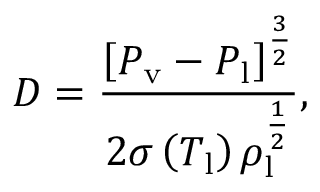
D = \frac { \left[ P _ { \mathrm { v } } - P _ { \mathrm { l } } \right] ^ { \frac { 3 } { 2 } } } { 2 \sigma \left( T _ { \mathrm { l } } \right) \rho _ { \mathrm { l } } ^ { \frac { 1 } { 2 } } } ,